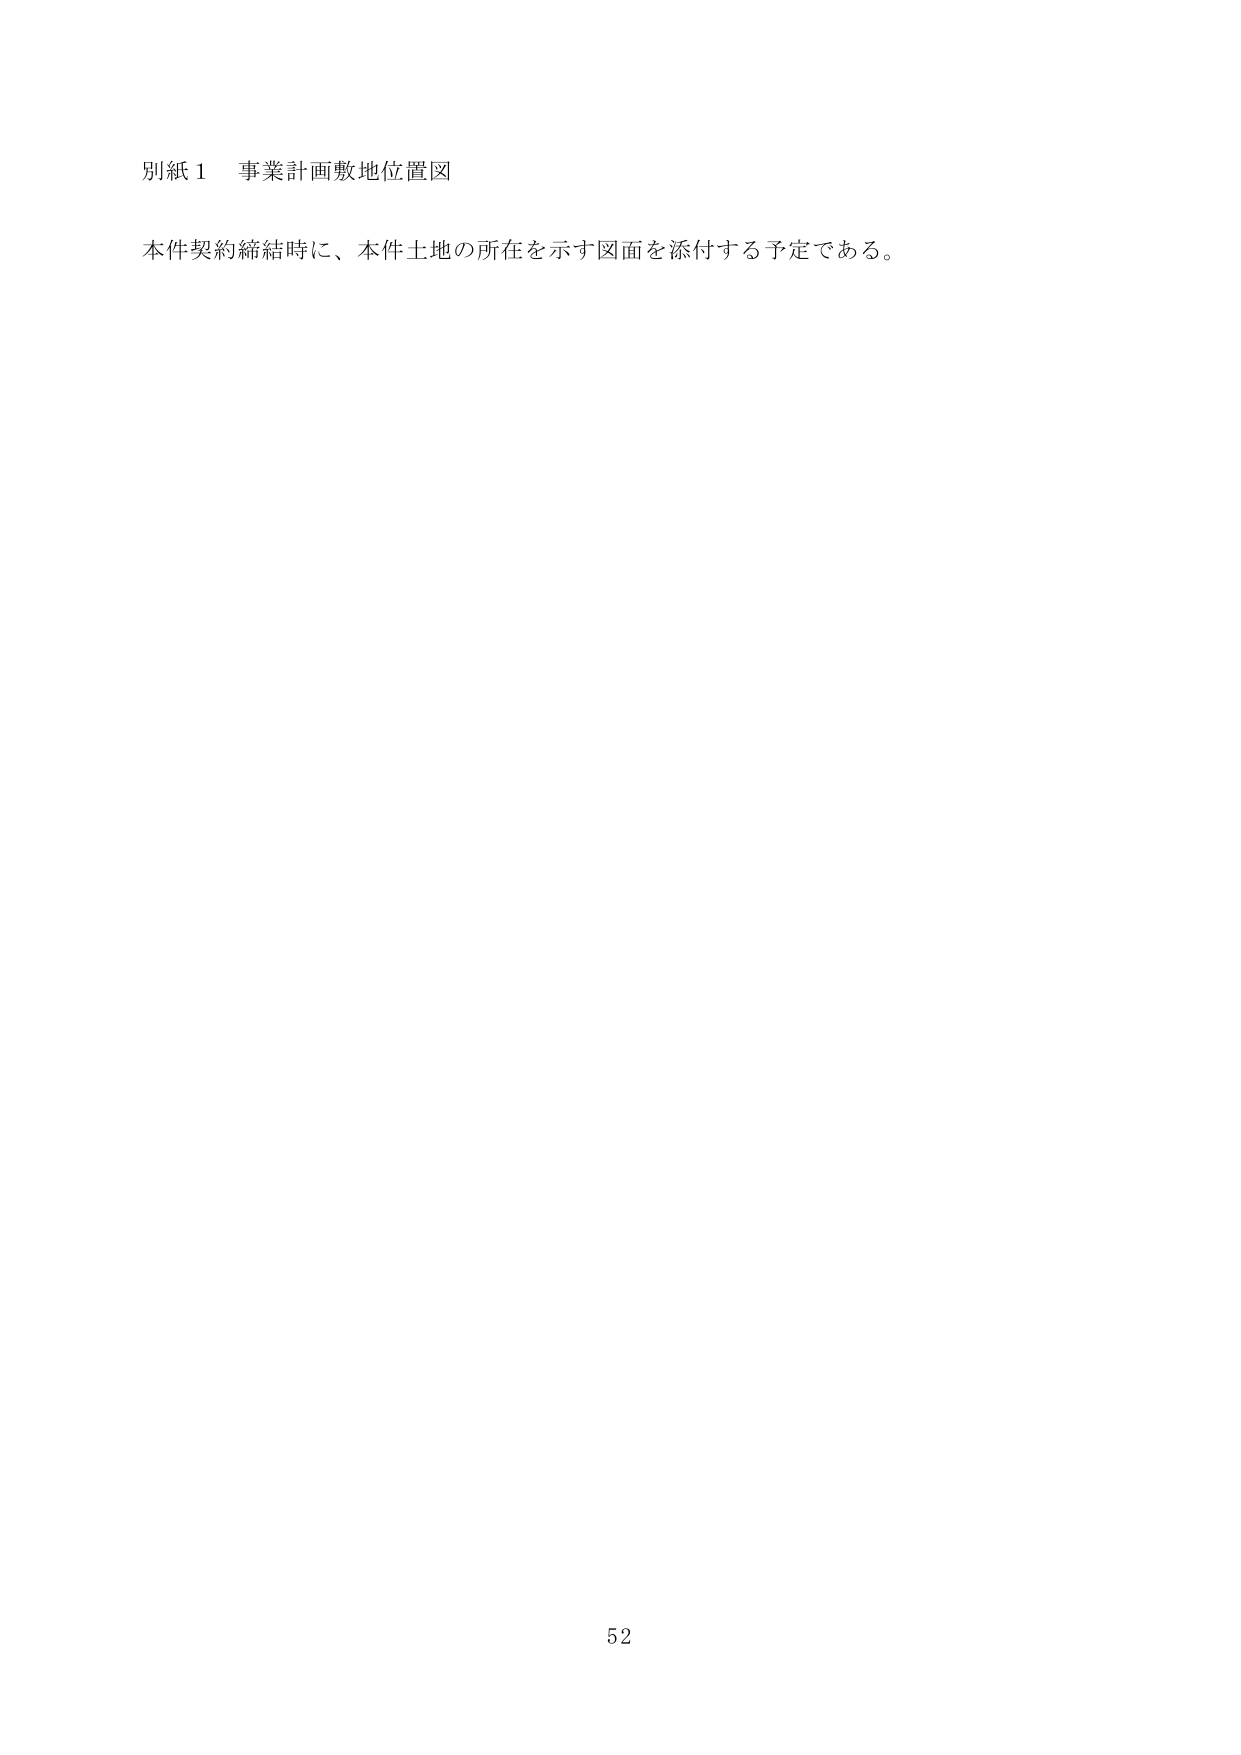
別紙１ 事業計画敷地位置図

本件契約締結時に、本件土地の所在を示す図面を添付する予定である。

52